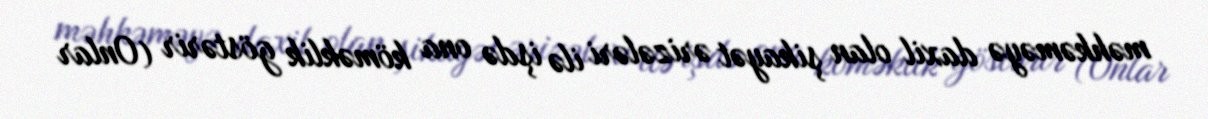
məhkəməyə daxil olan şikayət ərizələri ilə işdə ona köməklik göstərir (Onlar